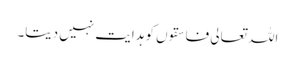
اللہ تعالی فاسقوں کو ہدایت نہیں دیتا۔